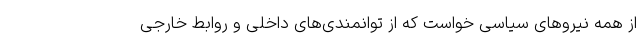
از همه نیروهای سیاسی خواست که از توانمندی‌های داخلی و روابط خارجی